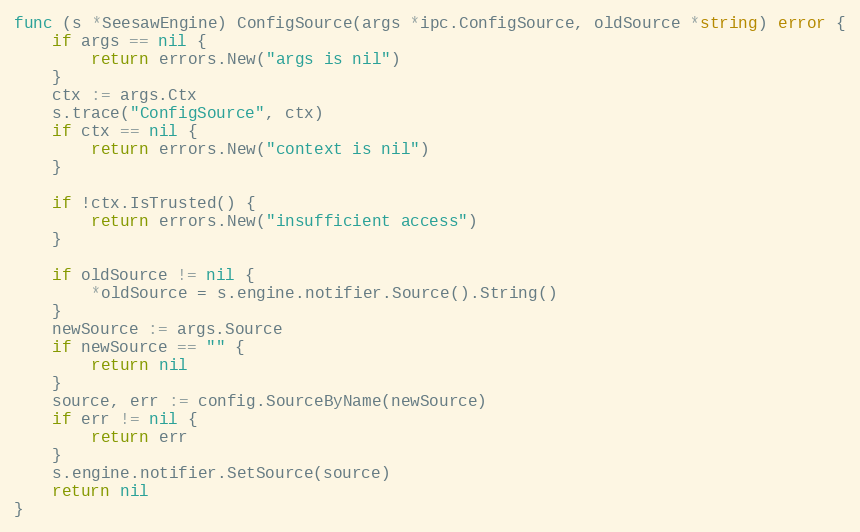
Language: Go
func (s *SeesawEngine) ConfigSource(args *ipc.ConfigSource, oldSource *string) error {
	if args == nil {
		return errors.New("args is nil")
	}
	ctx := args.Ctx
	s.trace("ConfigSource", ctx)
	if ctx == nil {
		return errors.New("context is nil")
	}

	if !ctx.IsTrusted() {
		return errors.New("insufficient access")
	}

	if oldSource != nil {
		*oldSource = s.engine.notifier.Source().String()
	}
	newSource := args.Source
	if newSource == "" {
		return nil
	}
	source, err := config.SourceByName(newSource)
	if err != nil {
		return err
	}
	s.engine.notifier.SetSource(source)
	return nil
}